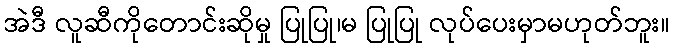
အဲဒီ လူဆီကိုတောင်းဆိုမှု ပြုပြု၊မ ပြုပြု လုပ်ပေးမှာမဟုတ်ဘူး။